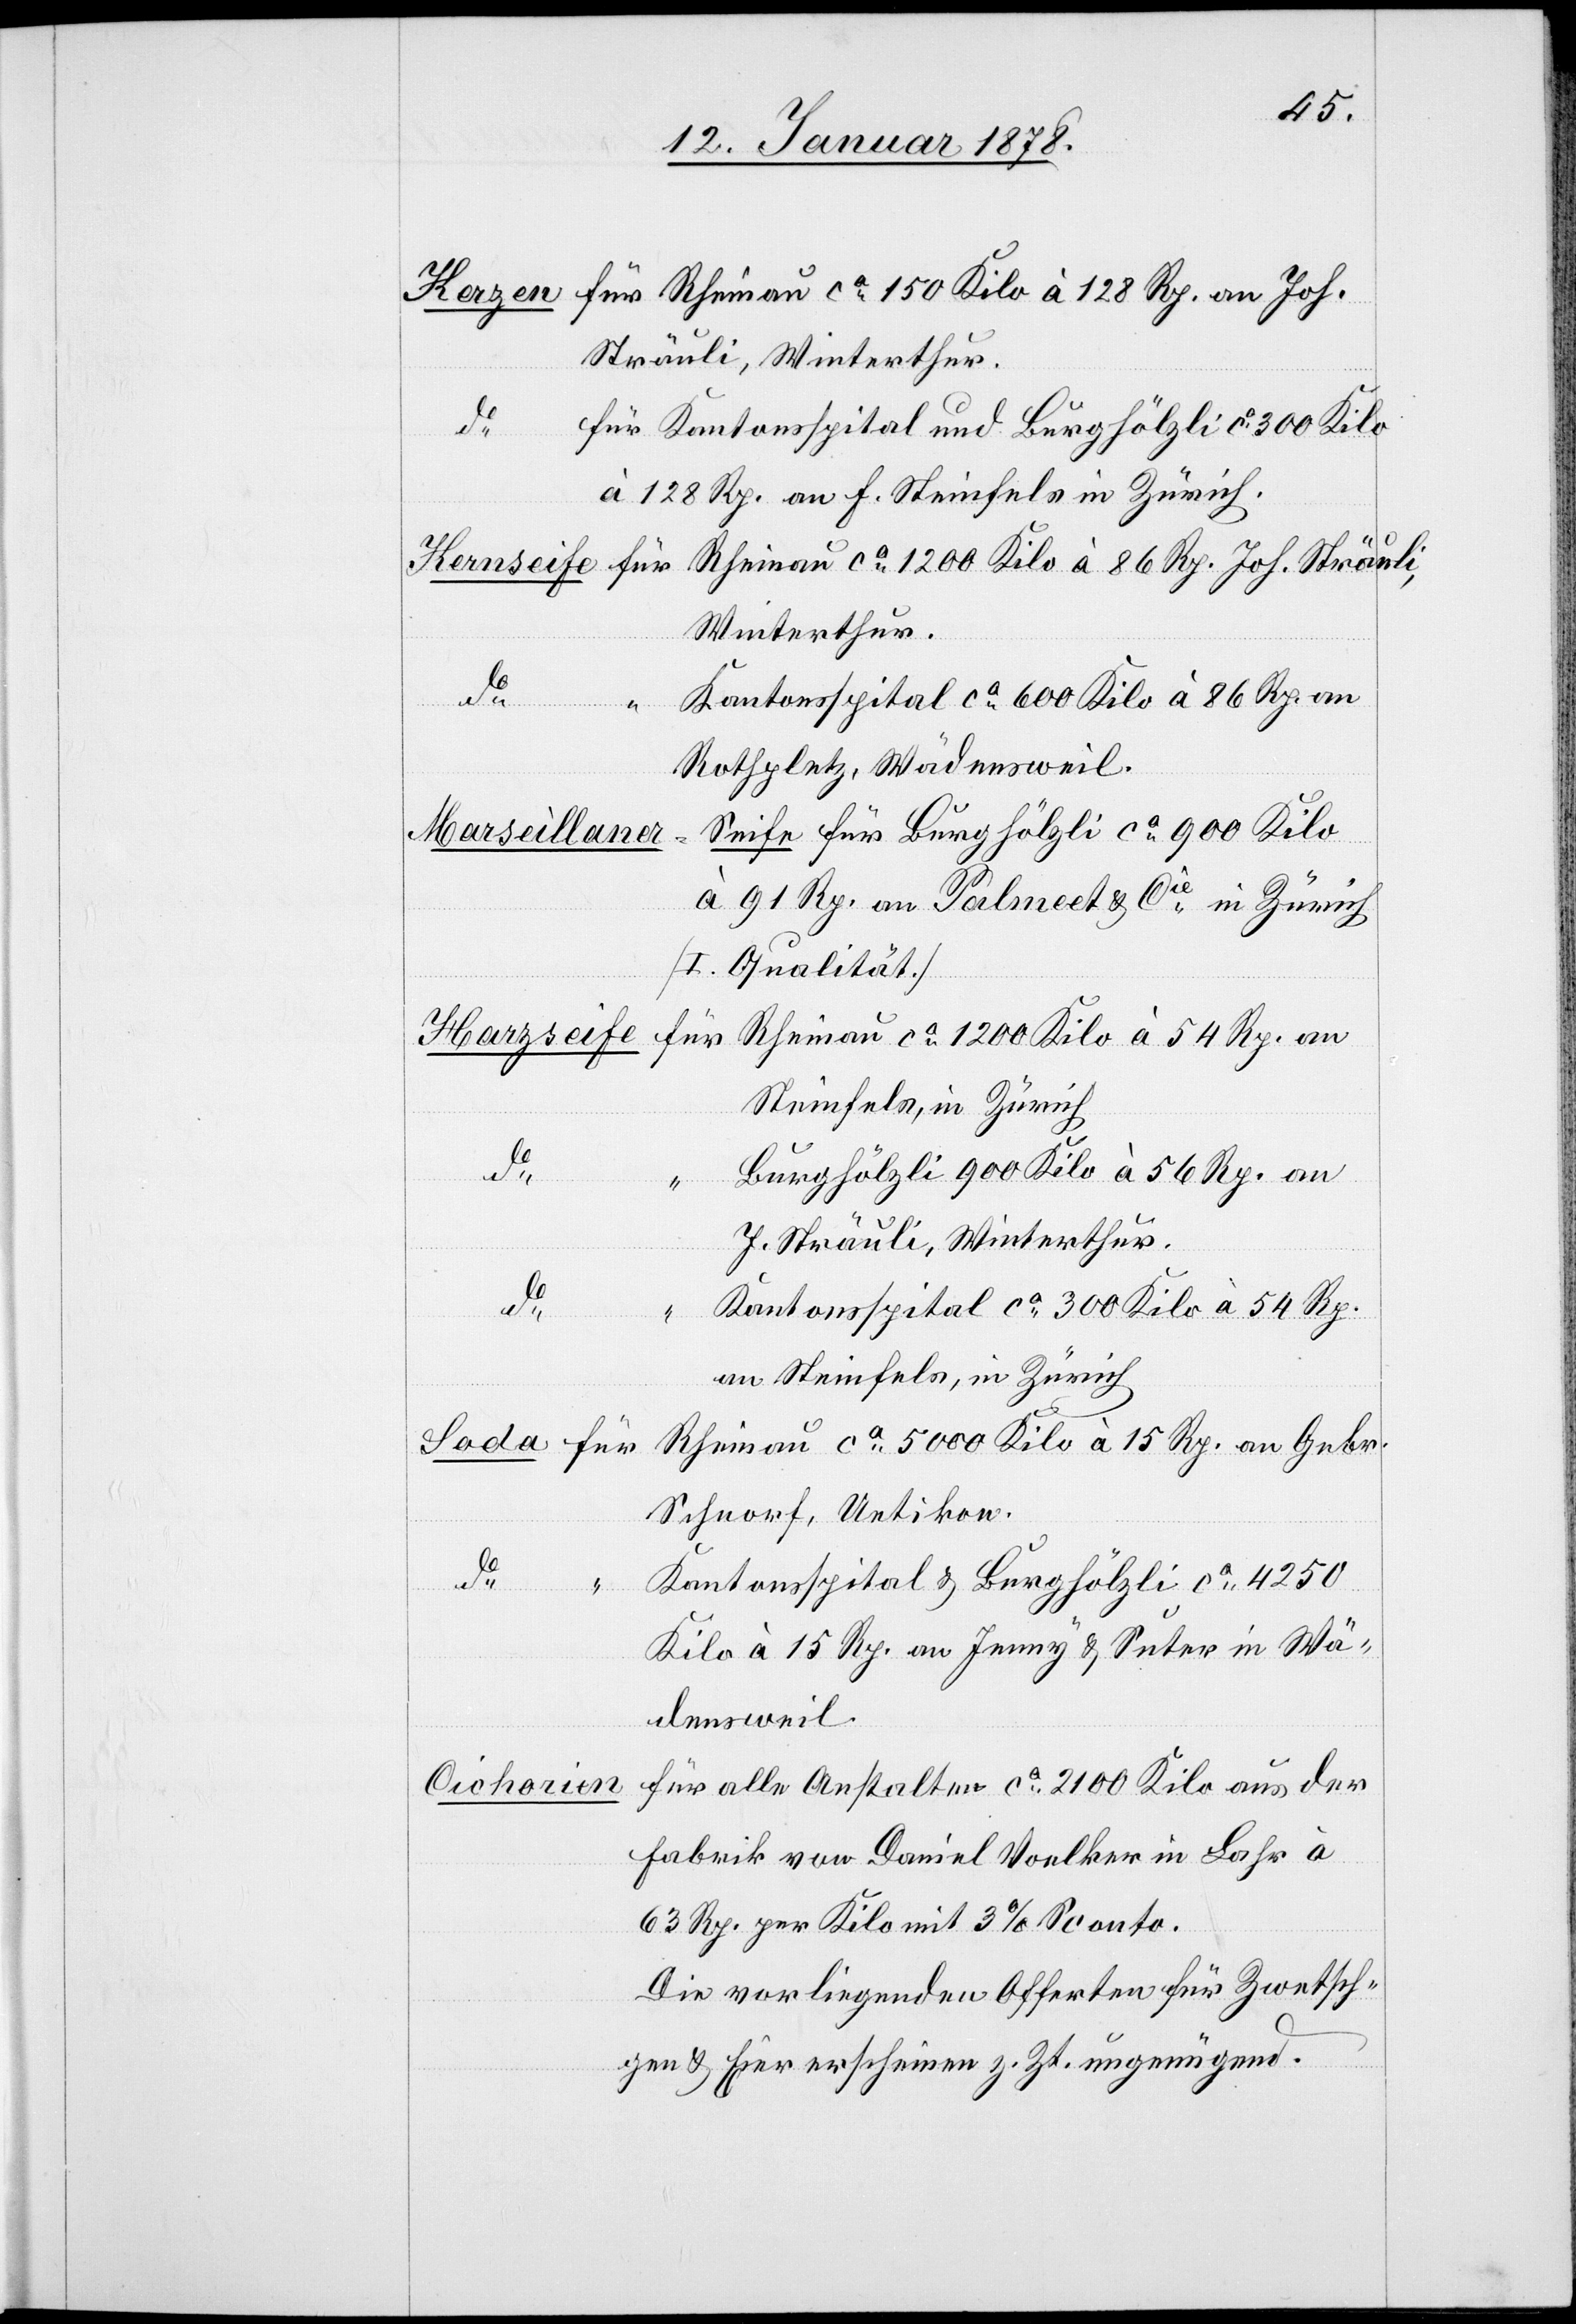
für Rheinau ca 150 Kilo à 128 Rp. an Joh.
Sträuli, Winterthur.
für Kantonsspital und Burghölzli ca 300 Kilo
à 128 Rp. an F. Steinfels in Zürich.
für Rheinau ca 1200 Kilo à 86 Rp. Joh. Sträuli,
Winterthur.
Kantonsspital ca 600 Kilo à 86 Rp. an
Cichorien
Rathplatz, Wädensweil.
für Bürghölzli ca 900 Kilo
Marseillane¬
à 91 Rp. an Palmeet & Cie in Zürich
[I. Qualität]
für Rheinau ca 1200 Kilo à 54 Rp. an
Steinfels, in Zürich.
Burghölzli 900 Kilo à 56 Rp. an
J. Sträuli, Winterthur.
Kantonsspital ca 300 Kilo à 54 Rp.
an Steinfels, in Zürich.
Rheinau ca 5000 Kilo à 15 Rp. an Gebr.
Schnorf, Uetikon.
do
Kantonsspital & Burghölzli ca 4250
“
Kilo à 15 Rp. an Immy & Suter in Wä¬
densweil.
für alle Anstalten ca 2100 Kilo aus der
Fabrik von Daniel Voelker in Lahr à
63 Rp. per Kilo mit 3% Sconto.
Die vorliegenden Offerten für Zwetsch¬
ife
gen & Eier erscheinen z. Zt. ungenügend.